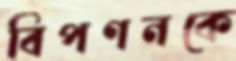
বিপণনকে